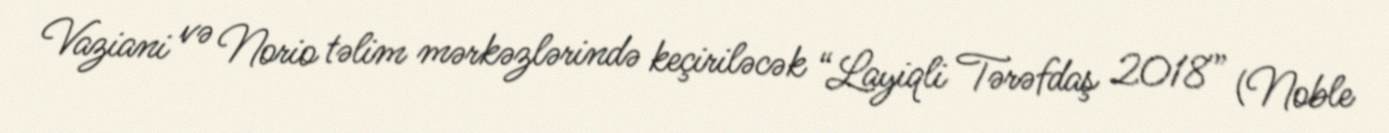
Vaziani və Norio təlim mərkəzlərində keçiriləcək “Layiqli Tərəfdaş 2018” (Noble